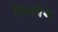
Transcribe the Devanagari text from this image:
लिस्बैथ